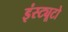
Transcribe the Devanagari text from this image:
इंस्ट्यूटो